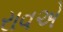
રાવએ